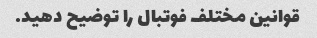
قوانین مختلف فوتبال را توضیح دهید.